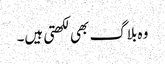
وہ بلاگ بھی لکھتی ہیں۔